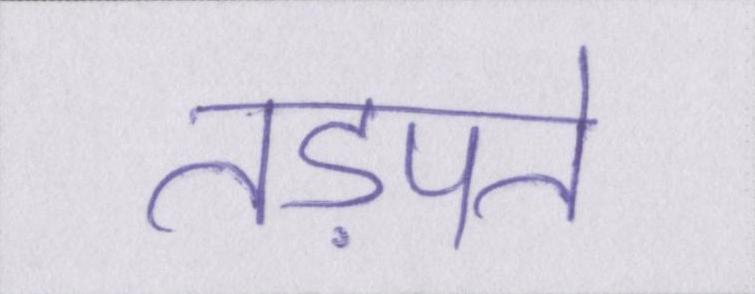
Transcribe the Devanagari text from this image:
तड़पते